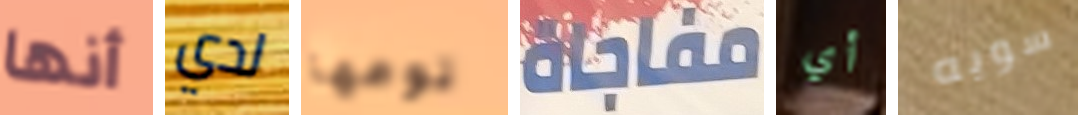
أنها لدي نوعها مفاجاة أي سويه